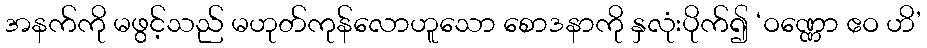
အနက်ကို မဖွင့်သည် မဟုတ်ကုန်လောဟူသော စောဒနာကို နှလုံးပိုက်၍ ‘ဝဏ္ဏော ဧဝ ဟိ’